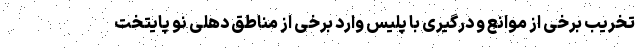
تخریب برخی از موانع و درگیری با پلیس وارد برخی از مناطق دهلی نو پایتخت